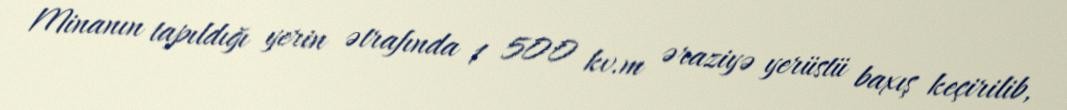
Minanın tapıldığı yerin ətrafında 1 500 kv.m əraziyə yerüstü baxış keçirilib,